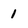
Character: 1